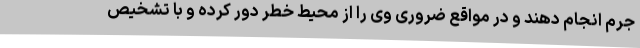
جرم انجام دهند و در مواقع ضروری وی را از محیط خطر دور کرده و با تشخیص